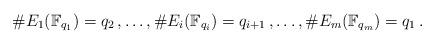
LaTeX: \begin{align*} \#E_1(\mathbb{F}_{q_1}) = q_2\,, \ldots,\#E_i(\mathbb{F}_{q_i}) = q_{i+1}\,,\ldots,\#E_m(\mathbb{F}_{q_m}) = q_1\,. \end{align*}